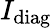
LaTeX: I_{\mathrm{diag}}